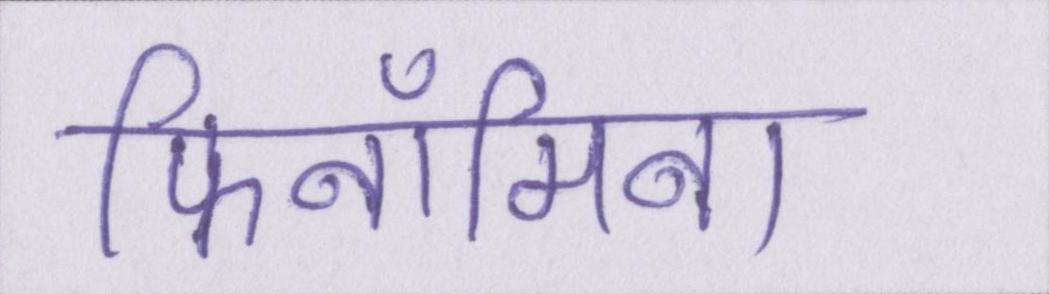
फिनॉमिना